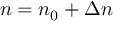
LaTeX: n = n _ { 0 } + \Delta n